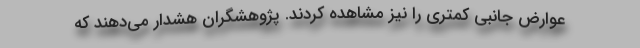
عوارض جانبی کمتری را نیز مشاهده کردند. پژوهشگران هشدار می‌دهند که